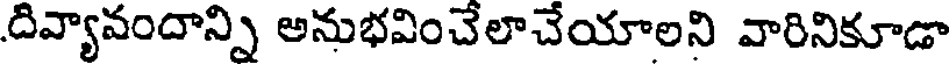
దివ్యావందాన్ని అనుభవించేలాచేయాలని వారినికూడా